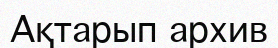
Ақтарып архив